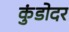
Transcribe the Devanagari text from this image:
कुंडोदर